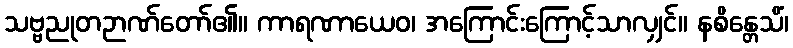
သဗ္ဗညုတဉာဏ်တော်၏။ ကာရဏာယေဝ၊ အကြောင်းကြောင့်သာလျှင်။ နစိန္တေသိံ၊